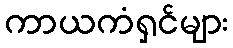
ကာယကံရှင်များ